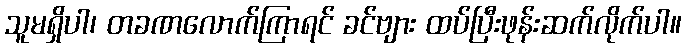
သူမရှိပါ၊ တခဏလောက်ကြာရင် ခင်ဗျား ထပ်ပြီးဖုန်းဆက်လိုက်ပါ။